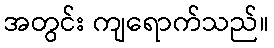
အတွင်း ကျရောက်သည်။